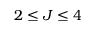
2 \leq J \leq 4